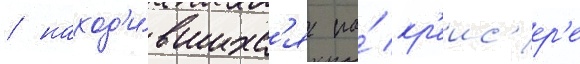
/ наход'и́вшихс'я на́ кр'еис'ер'е